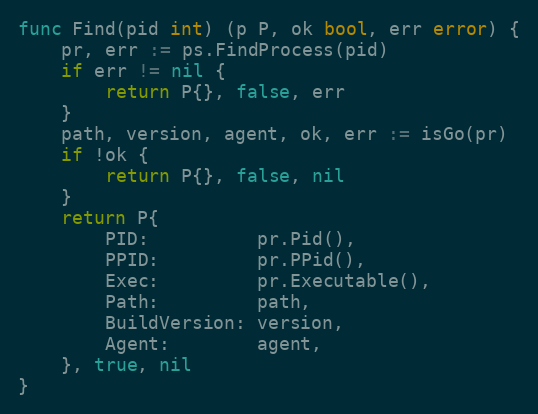
Language: Go
func Find(pid int) (p P, ok bool, err error) {
	pr, err := ps.FindProcess(pid)
	if err != nil {
		return P{}, false, err
	}
	path, version, agent, ok, err := isGo(pr)
	if !ok {
		return P{}, false, nil
	}
	return P{
		PID:          pr.Pid(),
		PPID:         pr.PPid(),
		Exec:         pr.Executable(),
		Path:         path,
		BuildVersion: version,
		Agent:        agent,
	}, true, nil
}